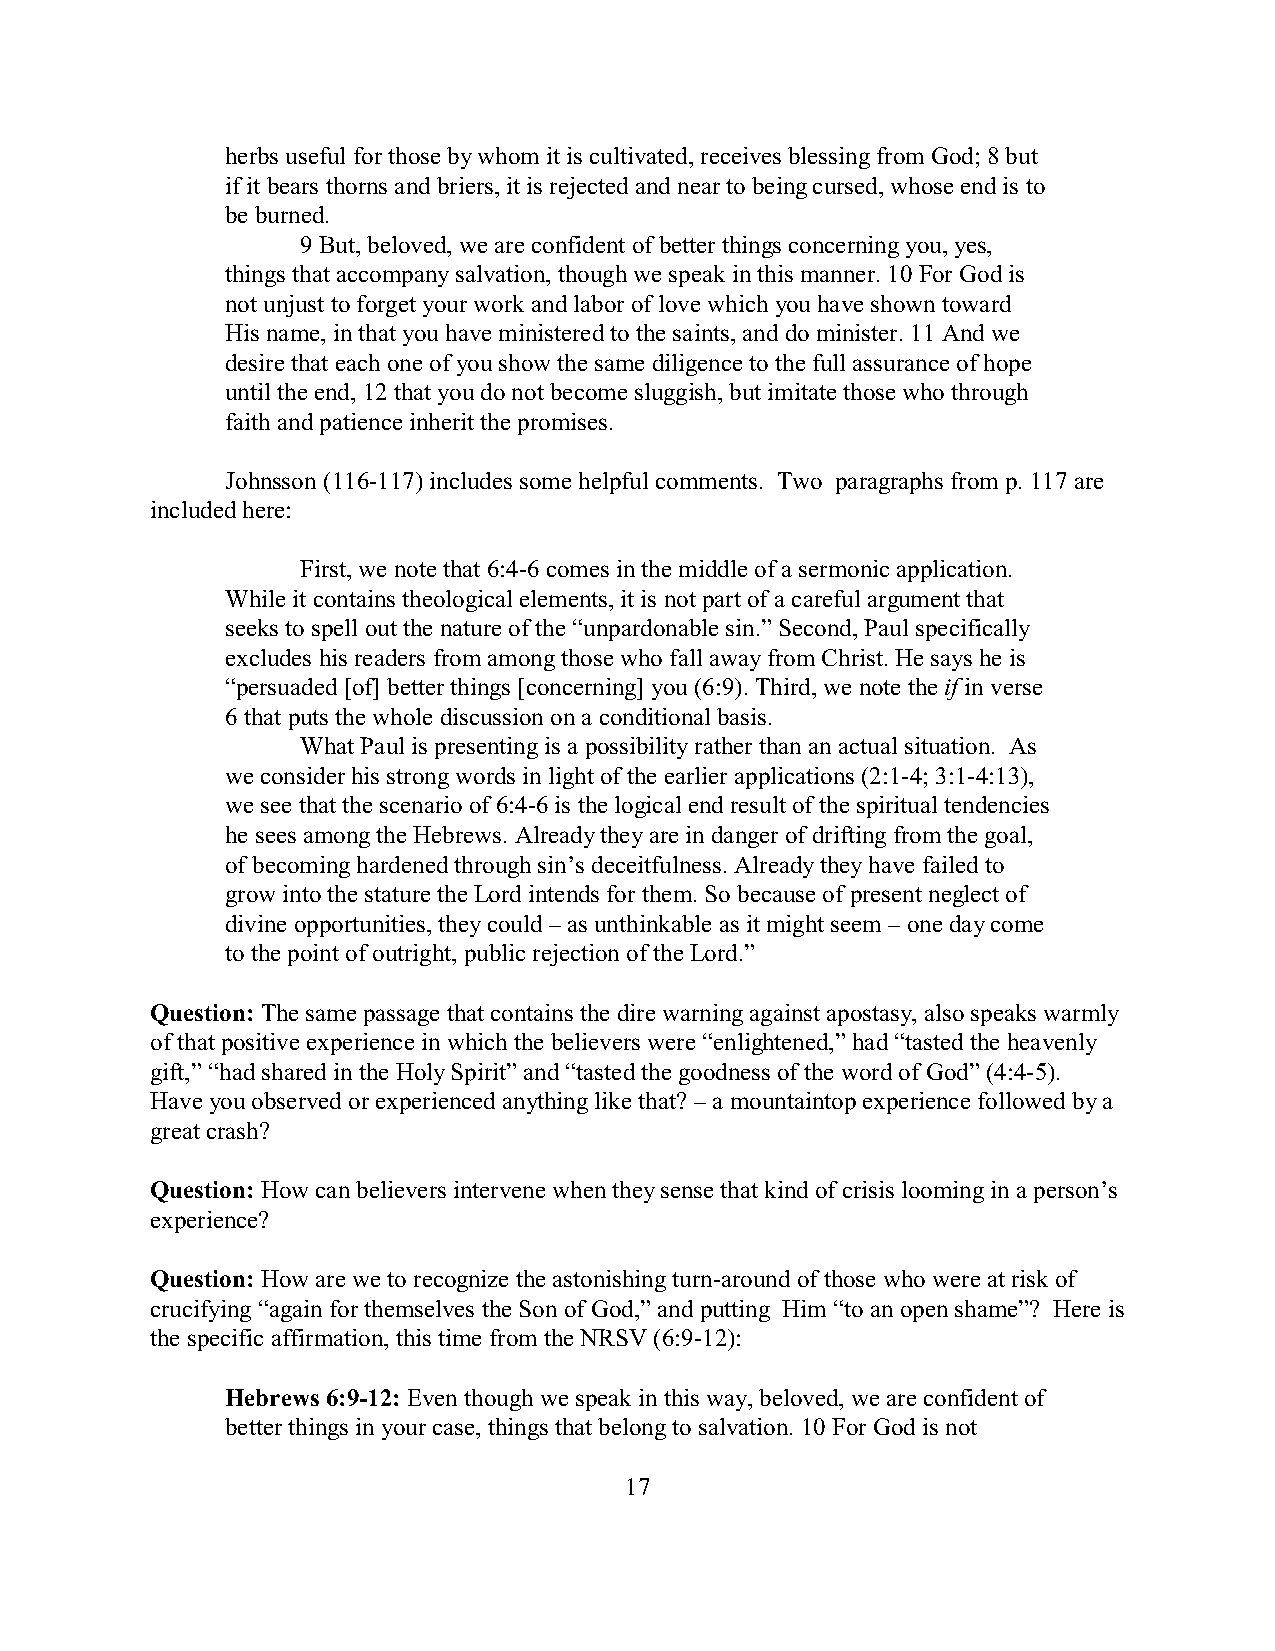
herbs useful for those by whom it is cultivated, receives blessing from God; 8 but
 if it bears thorns and briers, it is rejected and near to being cursed, whose end is to
 be burned.
 9 But, beloved, we are confident of better things concerning you, yes,
 things that accompany salvation, though we speak in this manner. 10 For God is
 not unjust to forget your work and labor of love which you have shown toward
 His name, in that you have ministered to the saints, and do minister. 11 And we
 desire that each one of you show the same diligence to the full assurance of hope
 until the end, 12 that you do not become sluggish, but imitate those who through
 faith and patience inherit the promises.
 Johnsson (116-117) includes some helpful comments. Two paragraphs from p. 117 are
 included here:
 First, we note that 6:4-6 comes in the middle of a sermonic application.
 While it contains theological elements, it is not part of a careful argument that
 seeks to spell out the nature of the “unpardonable sin.” Second, Paul specifically
 excludes his readers from among those who fall away from Christ. He says he is
 “persuaded [of] better things [concerning] you (6:9). Third, we note the if in verse
 6 that puts the whole discussion on a conditional basis.
 What Paul is presenting is a possibility rather than an actual situation. As
 we consider his strong words in light of the earlier applications (2:1-4; 3:1-4:13),
 we see that the scenario of 6:4-6 is the logical end result of the spiritual tendencies
 he sees among the Hebrews. Already they are in danger of drifting from the goal,
 of becoming hardened through sin’s deceitfulness. Already they have failed to
 grow into the stature the Lord intends for them. So because of present neglect of
 divine opportunities, they could – as unthinkable as it might seem – one day come
 to the point of outright, public rejection of the Lord.”
 Question: The same passage that contains the dire warning against apostasy, also speaks warmly
 of that positive experience in which the believers were “enlightened,” had “tasted the heavenly
 gift,” “had shared in the Holy Spirit” and “tasted the goodness of the word of God” (4:4-5).
 Have you observed or experienced anything like that? – a mountaintop experience followed by a
 great crash?
 Question: How can believers intervene when they sense that kind of crisis looming in a person’s
 experience?
 Question: How are we to recognize the astonishing turn-around of those who were at risk of
 crucifying “again for themselves the Son of God,” and putting Him “to an open shame”? Here is
 the specific affirmation, this time from the NRSV (6:9-12):
 Hebrews 6:9-12: Even though we speak in this way, beloved, we are confident of
 better things in your case, things that belong to salvation. 10 For God is not
 17